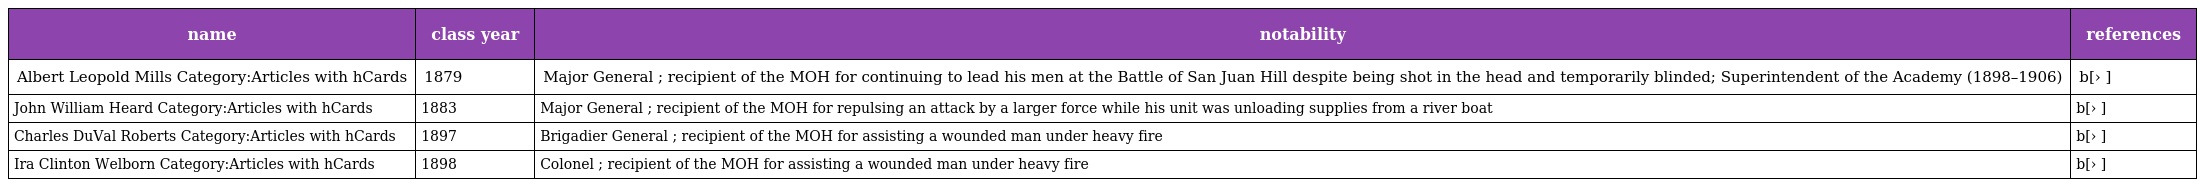
| name | class year | notability | references |
 | --- | --- | --- | --- |
 | Albert Leopold Mills Category:Articles with hCards | 1879 | Major General ; recipient of the MOH for continuing to lead his men at the Battle of San Juan Hill despite being shot in the head and temporarily blinded; Superintendent of the Academy (1898–1906) | b[› ] |
 | John William Heard Category:Articles with hCards | 1883 | Major General ; recipient of the MOH for repulsing an attack by a larger force while his unit was unloading supplies from a river boat | b[› ] |
 | Charles DuVal Roberts Category:Articles with hCards | 1897 | Brigadier General ; recipient of the MOH for assisting a wounded man under heavy fire | b[› ] |
 | Ira Clinton Welborn Category:Articles with hCards | 1898 | Colonel ; recipient of the MOH for assisting a wounded man under heavy fire | b[› ] |